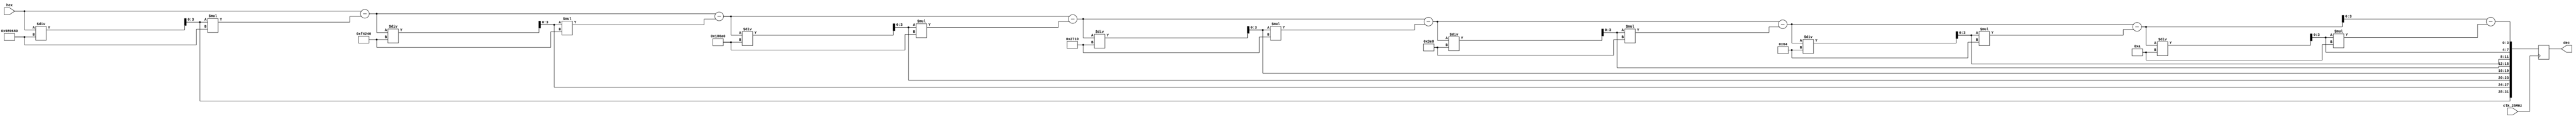
module hex_to_dec(
    input wire clk_25MHz,
    input wire [31: 0]hex,
    output reg [31: 0]dec = 0
);
reg [31: 0]temp;
always @(posedge clk_25MHz)begin
    temp = hex;
    dec[31: 28] = temp / 10_000_000;
    temp = temp - dec[31: 28] * 10_000_000;
    dec[27: 24] = temp / 1_000_000;
    temp = temp - dec[27: 24] * 1_000_000;
    dec[23: 20] = temp / 100_000;
    temp = temp - dec[23: 20] * 100_000;
    dec[19: 16] = temp / 10_000;
    temp = temp - dec[19: 16] * 10_000;
    dec[15: 12] = temp / 1_000;
    temp = temp - dec[15: 12] * 1_000;
    dec[11: 8] = temp / 100;
    temp = temp - dec[11: 8] * 100;
    dec[7: 4] =  temp / 10;
    temp = temp - dec[7: 4] * 10;
    dec[3: 0] =  temp;
end
endmodule